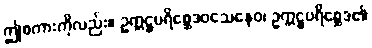
ဤစကားကိုလည်း။ ဥက္ကဋ္ဌပရိစ္ဆေဒဝသေနေဝ၊ ဥက္ကဋ္ဌပရိစ္ဆေဒ၏